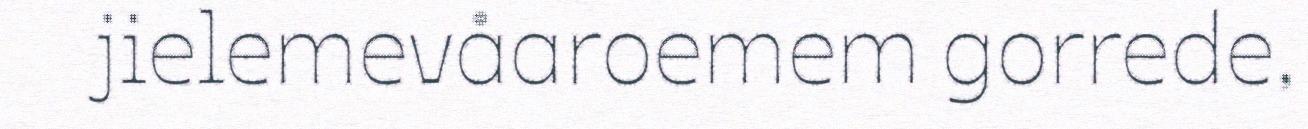
jielemevåaroemem gorrede,